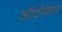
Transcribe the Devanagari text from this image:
ऑटोकार